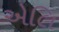
એલિ